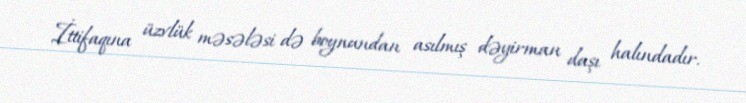
İttifaqına üzvlük məsələsi də boynundan asılmış dəyirman daşı halındadır.